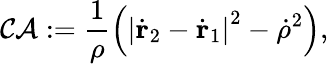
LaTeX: \mathcal{CA}:=\frac{1}{\rho}\left(\left|\dot{\mathbf{r}}_{2}-\dot{\mathbf{r}}_{1}\right|^{2}-\dot{\rho}^{2}\right),